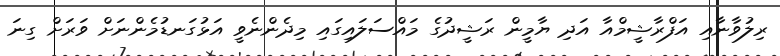
ރިލުވާނާއި އަފްރާޝީމްއާ އަދި ޔާމީން ރަޝީދުގެ މައްސަލައިގައި މިދެންނެވީ އަޅުގަނޑުމެންނަށް ވަރަށް ގިނަ